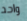
واحد